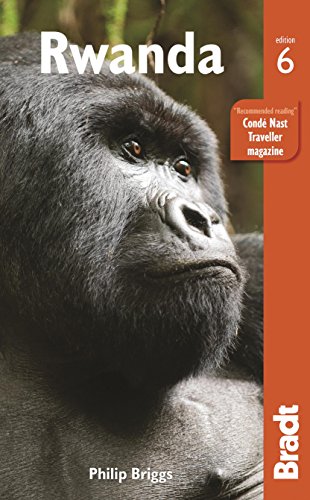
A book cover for Rwanda (Bradt Travel Guide); Philip Briggs; Travel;